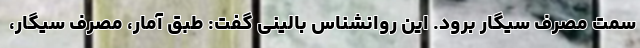
سمت مصرف سیگار برود. این روانشناس بالینی گفت: طبق آمار، مصرف سیگار،